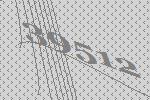
39512